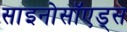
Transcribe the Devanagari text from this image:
साइनोसॉएड्स